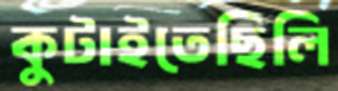
কুটাইতেছিলি